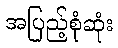
အပြည့်စုံဆုံး